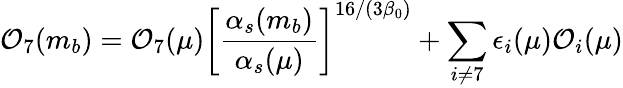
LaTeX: {\cal O}_{7}(m_{b})={\cal O}_{7}(\mu)\left[\frac{\alpha_{s}(m_{b})}{\alpha_{s}(\mu)}\right]^{16/(3\beta_{0})}+\sum_{i\neq 7}\epsilon_{i}(\mu){\cal O}_{i}(\mu)